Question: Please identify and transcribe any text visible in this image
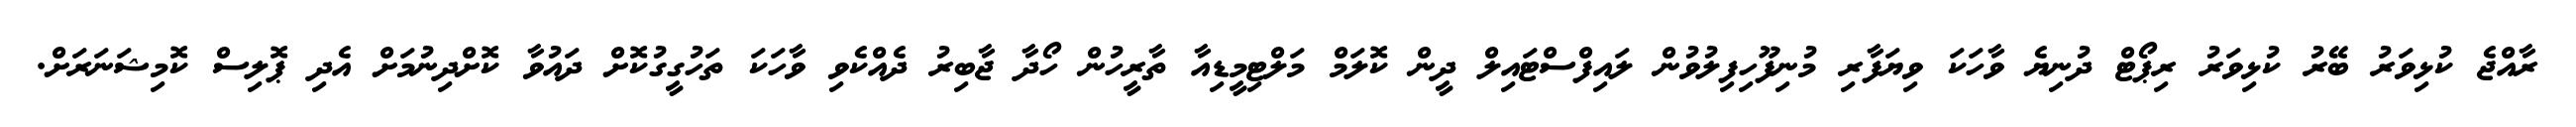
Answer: ރާއްޖެ ކުޅިވަރު ބޭރު ކުޅިވަރު ރިޕޯޓް ދުނިޔެ ވާހަކަ ވިޔަފާރި މުނިފޫހިފިލުވުން ލައިފްސްޓައިލް ދީން ކޮލަމް މަލްޓިމީޑިއާ ތާރީހުން ހޯދާ ޖާބިރު ދެއްކެވި ވާހަކަ ތަހުގީގުކޮށް ދައުވާ ކޮށްދިނުމަށް އެދި ޕޮލިސް ކޮމިޝަނަރަށް.